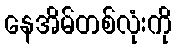
နေအိမ်တစ်လုံးကို